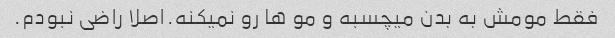
فقط مومش به بدن میچسبه و مو ها رو نمیکنه.اصلا راضی نبودم.